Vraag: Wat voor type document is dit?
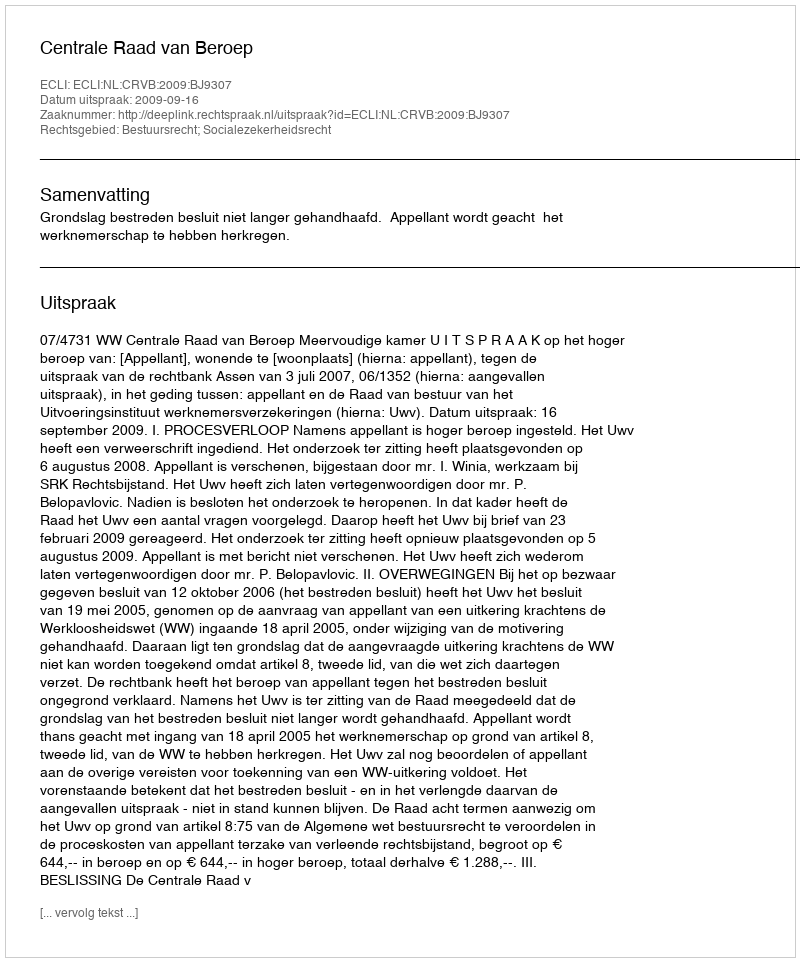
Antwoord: Uitspraak